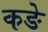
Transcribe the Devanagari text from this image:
कङे